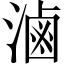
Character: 滷